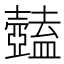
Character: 𥃕